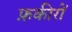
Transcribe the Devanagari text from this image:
फ़कीरों